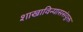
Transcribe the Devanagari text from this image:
शाखाविन्याससंयुक्त